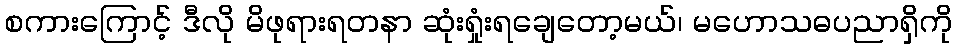
စကားကြောင့် ဒီလို မိဖုရားရတနာ ဆုံးရှုံးရချေတော့မယ်၊ မဟောသဓပညာရှိကို